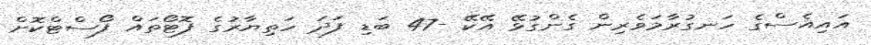
އައިއެސްގެ ހަނގުރާމަވެރިން ގެންގުޅޭ އޭކޭ -47 ބަޑި ފަދަ ހަތިޔާރުގެ ފޮޓޯތައް ފޯސްޓްކޮށް